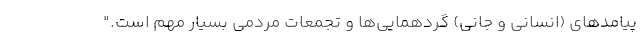
پیامدهای (انسانی و جانی) گردهمایی‌ها و تجمعات مردمی بسیار مهم است."